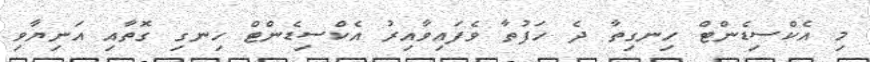
މި އެކްސިޑެންޓް ހިނގިތާ ދެ ހަފުތާ ވެފައިވާއިރު އެކްސިޑެންޓް ހިނގި ގޮތާއި އަނިޔާވި